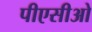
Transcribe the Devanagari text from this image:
पीएसीओ